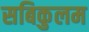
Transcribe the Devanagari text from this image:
सबिकुलम